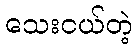
သေးငယ်တဲ့